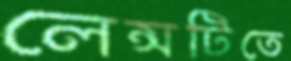
লেন্সটিতে